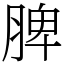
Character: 脾